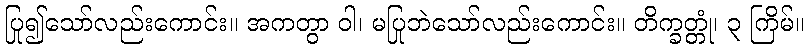
ပြု၍သော်လည်းကောင်း။ အကတွာ ဝါ၊ မပြုဘဲသော်လည်းကောင်း။ တိက္ခတ္တုံ၊ ၃ ကြိမ်။